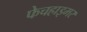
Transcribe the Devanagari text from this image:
फेचहाइमर